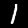
Digit: 1